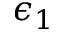
\epsilon _ { 1 }